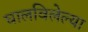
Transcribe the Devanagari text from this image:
घालविलेल्या